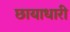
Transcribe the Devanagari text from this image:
छायाधारी